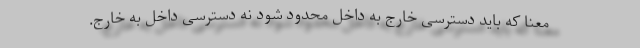
معنا که باید دسترسی خارج به داخل محدود شود نه دسترسی داخل به خارج.